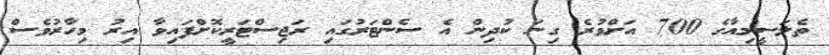
ތެލަސީމިއާގެ 700 އަށްވުރެ ގިނަ ކުދިން އެ ސެންޓަރުގައި ރަޖިސްޓަރީކޮށްފައިވާ އިރު މިހާރުވެސް